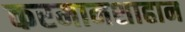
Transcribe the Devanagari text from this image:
करमानशाहान